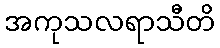
အကုသလရာသီတိ